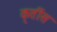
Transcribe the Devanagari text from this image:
कृतींस